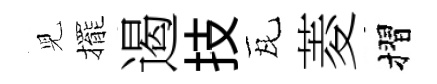
児擺遏技瓦菱摺